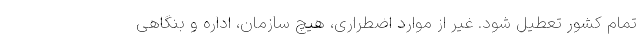
تمام کشور تعطیل شود. غیر از موارد اضطراری، هیچ سازمان، اداره و بنگاهی